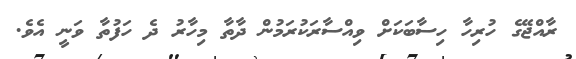
ރާއްޖޭގެ ހުރިހާ ހިސާބަކަށް ވިއްސާރަކުރަމުން ދާތާ މިހާރު ދެ ހަފުތާ ވަނީ އެވެ.